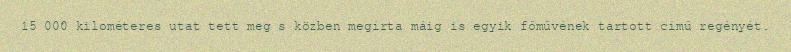
15 000 kilométeres utat tett meg s közben megírta máig is egyik főművének tartott című regényét.